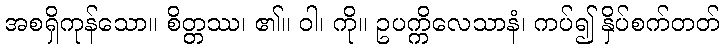
အစရှိကုန်သော။ စိတ္တဿ၊ ၏။ ဝါ၊ ကို။ ဥပက္ကိလေသာနံ၊ ကပ်၍ နှိပ်စက်တတ်